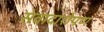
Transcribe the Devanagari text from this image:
संवादारोपण